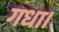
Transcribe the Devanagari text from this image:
गधा।